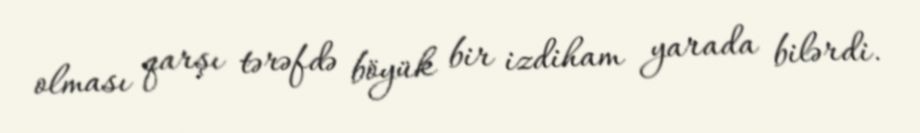
olması qarşı tərəfdə böyük bir izdiham yarada bilərdi.